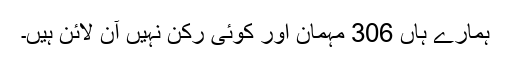
ہمارے ہاں 306 مہمان اور کوئی رکن نہیں آن لائن ہیں۔